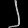
Digit: ၂